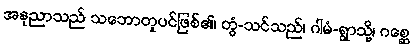
အနုညာသည် သဘောတူပင်ဖြစ်၏၊ တွံ-သင်သည်၊ ဂါမံ-ရွာသို့၊ ဂစ္ဆေ